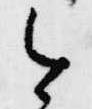
今